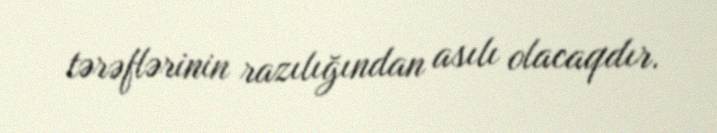
tərəflərinin razılığından asılı olacaqdır.